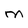
Character: M